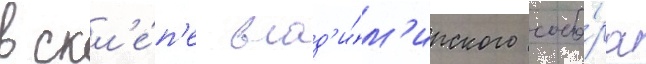
в скл'е́п'е влад'и́м'ирского собо́ра